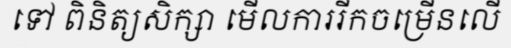
ទៅ ពិនិត្យសិក្សា មើលការរីកចម្រើនលើ